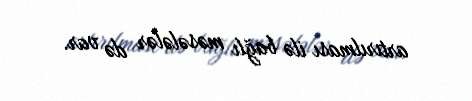
artırılması ilə bağlı məsələlər də var.